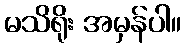
မသိရိုး အမှန်ပါ။